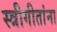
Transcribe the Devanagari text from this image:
स्त्रीगीतांना